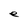
Character: e